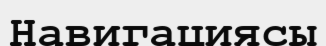
Навигациясы